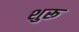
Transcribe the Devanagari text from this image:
शुरू